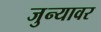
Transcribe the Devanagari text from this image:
जुन्यावर